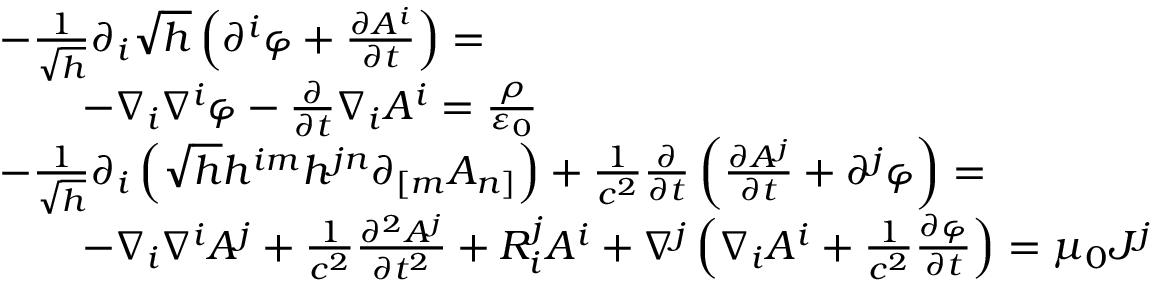
{ \begin{array} { r l } & { { - } { \frac { 1 } { \sqrt { h } } } \partial _ { i } { \sqrt { h } } \left( \partial ^ { i } \varphi + { \frac { \partial A ^ { i } } { \partial t } } \right) = } \\ & { \qquad - \nabla _ { i } \nabla ^ { i } \varphi - { \frac { \partial } { \partial t } } \nabla _ { i } A ^ { i } = { \frac { \rho } { \varepsilon _ { 0 } } } } \\ & { { - } { \frac { 1 } { \sqrt { h } } } \partial _ { i } \left( { \sqrt { h } } h ^ { i m } h ^ { j n } \partial _ { [ m } A _ { n ] } \right) + { \frac { 1 } { c ^ { 2 } } } { \frac { \partial } { \partial t } } \left( { \frac { \partial A ^ { j } } { \partial t } } + \partial ^ { j } \varphi \right) = } \\ & { \qquad { - } \nabla _ { i } \nabla ^ { i } A ^ { j } + { \frac { 1 } { c ^ { 2 } } } { \frac { \partial ^ { 2 } A ^ { j } } { \partial t ^ { 2 } } } + R _ { i } ^ { j } A ^ { i } + \nabla ^ { j } \left( \nabla _ { i } A ^ { i } + { \frac { 1 } { c ^ { 2 } } } { \frac { \partial \varphi } { \partial t } } \right) = \mu _ { 0 } J ^ { j } } \end{array} }